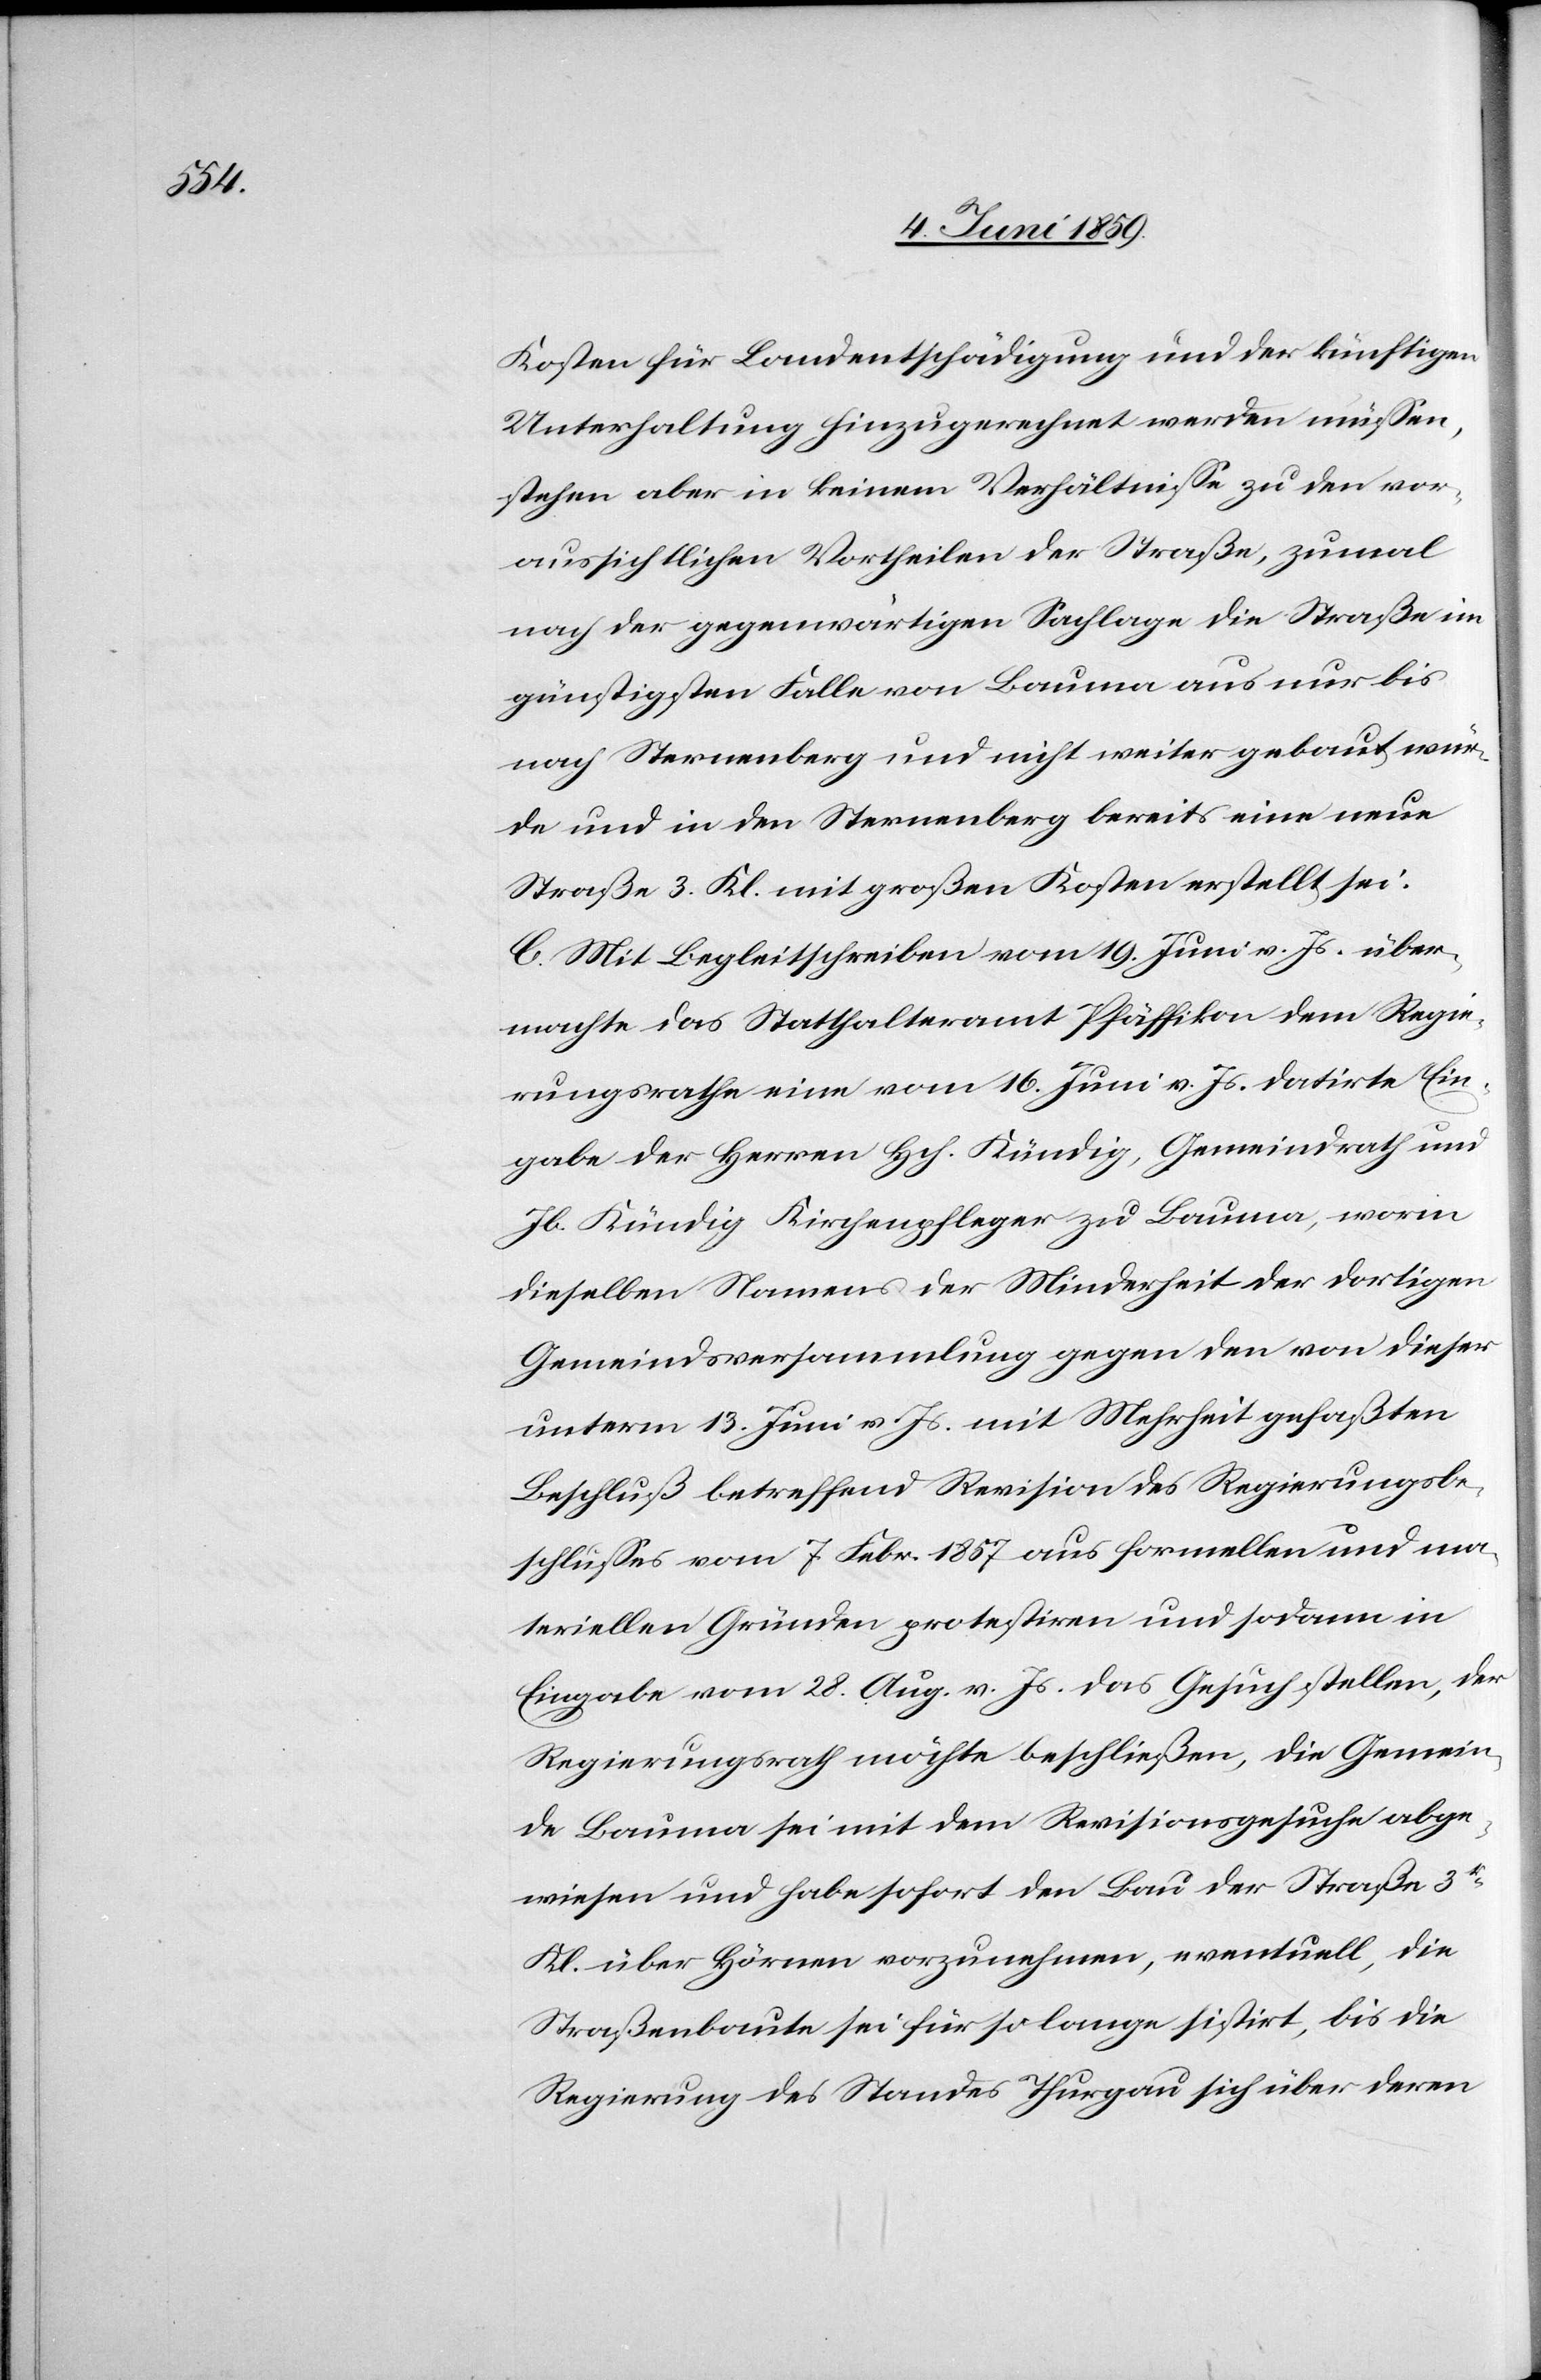
Kosten für Landentschädigung und der künftigen
Unterhaltung hinzugerechnet werden müssen,
stehe aber in keinem Verhältnisse zu den vor¬
aussichtlichen Vortheilen der Straße, zumal
nach der gegenwärtigen Sachlage die Straße im
günstigsten Falle von Bauma aus nur bis
nach Sternenberg und nicht weiter gebaut wür¬
de und in den Sternenberg bereits eine neue
Straße 3. Kl. mit großen Kosten erstellt sei.
C. Mit Begleitschreiben vom 19. Juni v. Js. über¬
machte das Statthalteramt Pfäffikon dem Regie¬
rungsrathe eine vom 16. Juni v. Js. datirte Ein¬
gabe der Herren Hch. Kündig, Gemeindrath und
Jb. Kündig Kirchenpfleger zu Bauma, worin
dieselben Namens der Minderheit der dortigen
Gemeindsversammlung gegen den von dieser
unterm 13. Juni v. Js. mit Mehrheit gefaßten
Beschluß betreffend Revision des Regierungsbe¬
schlusses vom 7. Febr. 1857 aus formellen und ma¬
teriellen Gründen protestiren und sodann in
Eingabe vom 28. Aug. v. Js. das Gesuch stellen, der
Regierungsrath möchte beschließen, die Gemein¬
de Bauma sei mit dem Revisionsgesuche abge¬
wiesen und habe sofort den Bau der Straße 3ter
Kl. über Hörnen vorzunehmen, eventuell, die
Straßenbaute sei für so lange sistirt, bis die
Regierung des Standes Thurgau sich über deren